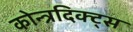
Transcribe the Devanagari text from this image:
कोन्त्रदिक्ट्स